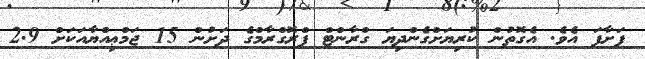
ފަށާފަ އެވެ. އެގޮތުން ކުރިޔަށްގެންދިޔަ ގްރާންޓް ޕްރޮގްރާމްގެ ދަށުން 15 ޖަމްޢިއްޔާއަކަށް 2.9